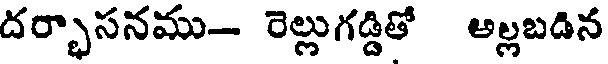
దర్భాసనము- రెల్లుగడ్డితో అల్లబడిన